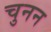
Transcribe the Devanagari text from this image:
चुनन